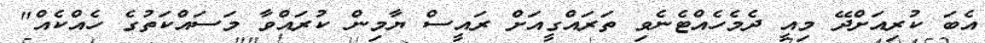
އެބަ ކުރިއަށްދޭ މިއީ ދެމެހެއްޓެނެވި ތަރައްގީއަށް ރައީސް ޔާމިން ކުރައްވާ މަސައްކަތުގެ ހެއްކެއް"